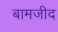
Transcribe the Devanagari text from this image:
बामजीद